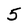
Character: 5